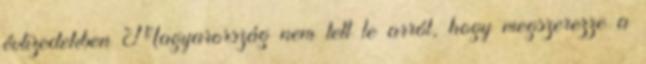
évtizedekben Magyarország nem tett le arról, hogy megszerezze a